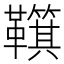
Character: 𩍮